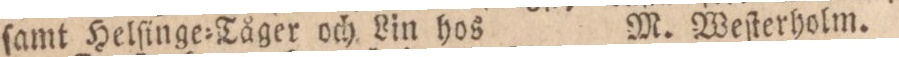
ſamt Helſinge=Tåger och Lin hos    M. Weſterholm.